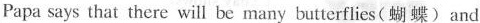
Papa says that there will be many butterflies(蝴蝶) and